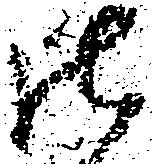
御